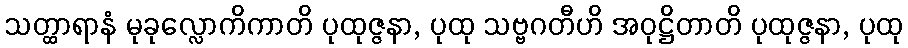
သတ္ထာရာနံ မုခုလ္လောကိကာတိ ပုထုဇ္ဇနာ, ပုထု သဗ္ဗဂတီဟိ အဝုဋ္ဌိတာတိ ပုထုဇ္ဇနာ, ပုထု